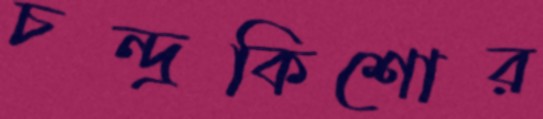
চন্দ্রকিশোর